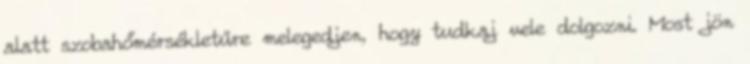
alatt szobahőmérsékletűre melegedjen, hogy tudkaj vele dolgozni. Most jön